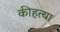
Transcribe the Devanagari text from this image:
कीहत्या